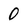
Character: O